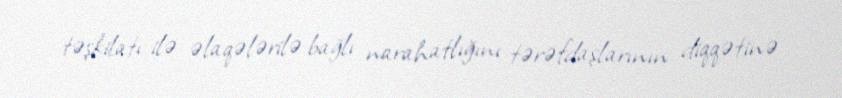
təşkilatı ilə əlaqələrilə bağlı narahatlığını tərəfdaşlarının diqqətinə